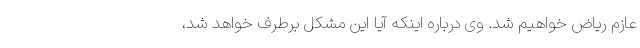
عازم ریاض خواهیم شد. وی درباره اینکه آیا این مشکل برطرف خواهد شد،